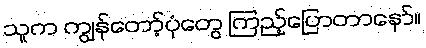
သူက ကျွန်တော့်ပုံတွေ ကြည့်ပြောတာနော်။